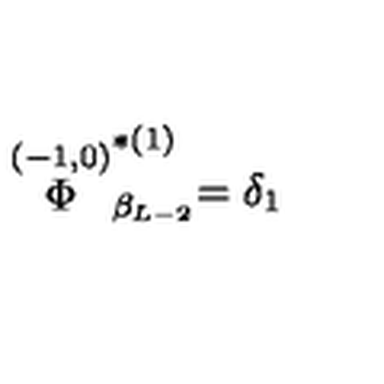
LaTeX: \stackrel { ( - 1 , 0 ) } { \Phi } _ { \beta _ { L - 2 } } ^ { * ( 1 ) } = \delta _ { 1 }